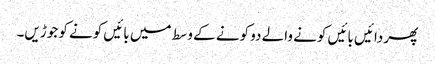
پھر دائیں بائیں کونے والے دو کونے کے وسط میں بائیں کونے کو جوڑیں۔